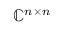
\mathbb { C } ^ { n \times n }